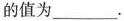
的值为___。